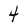
Character: 4